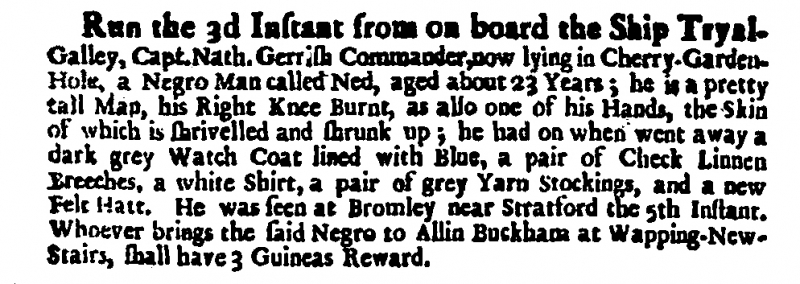
Daily Courant, 11 October 1711 (England)
Run the 3d Instant from on board the Ship Tryal-Galley, Capt. Nath. Gerrish Commander, now lying in Cherry-Garden-Hole, a Negro Man called Ned, aged about 23 Years; he is a pretty tall Man, his Right Knee Burnt, as also one of his Hands, the Skin of which is shrivelled and shrunk up; he had on when went away a dark grey Watch Coat lined with Blue, a pair of Check Linnen Breeches, a white Shirt, a pair of grey Yarn Stockings, and a new Felt Hatt. He was seen at Bromley near Stratford the 5th Instant. Whoever brings the said Negro to Allin Buckham at Wapping-New-Stairs, shall have 3 Guineas Reward.